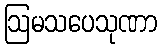
ဩမသပေသုဏာ